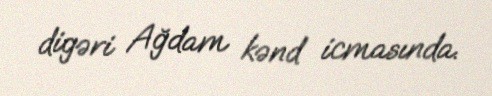
digəri Ağdam kənd icmasında.